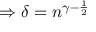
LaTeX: \Rightarrow \delta = n ^ { \gamma - { \frac { 1 } { 2 } } }